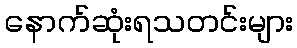
နောက်ဆုံးရသတင်းများ